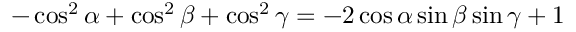
- \cos ^ { 2 } \alpha + \cos ^ { 2 } \beta + \cos ^ { 2 } \gamma = - 2 \cos \alpha \sin \beta \sin \gamma + 1